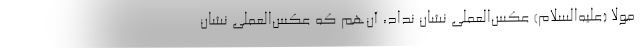
مولا (علیه‌السلام) عکس‌العملی نشان نداد، آن‌هم که عکس‌العملی نشان